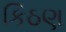
કિઠણ